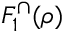
F _ { 1 } ^ { \cap } ( \rho )